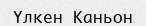
Үлкен Каньон